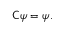
{ \mathsf { C } } \psi = \psi .